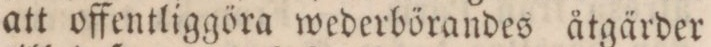
att offentliggöra wederbörandes åtgärder